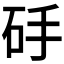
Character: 𱳰